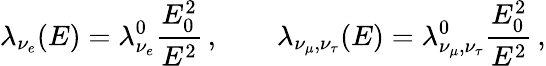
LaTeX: \lambda_{\nu_{e}}(E)=\lambda_{\nu_{e}}^{0}\frac{E_{0}^{2}}{E^{2}}\, ,\qquad\lambda_{\nu_{\mu},\nu_{\tau}}(E)=\lambda_{\nu_{\mu},\nu_{\tau}}^{0}\frac{E_{0}^{2}}{E^{2}}\, ,